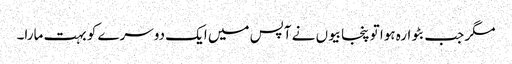
مگر جب بٹوارہ ہوا تو پنجابیوں نے آپس میں ایک دوسرے کو بہت مارا۔